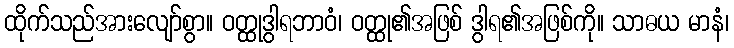
ထိုက်သည်အားလျော်စွာ။ ဝတ္ထုဒွါရဘာဝံ၊ ဝတ္ထု၏အဖြစ် ဒွါရ၏အဖြစ်ကို။ သာဓယ မာနံ၊